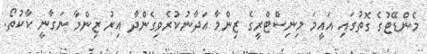
މެންޑޭޓުގެ ގޮތުގައި އައީމަ މިނިސްޓްރީގެ ޒިންމާ އަދާނުކުރެވިގެންދާ އިރު ޒިންމާ ނަގާނީ ކާކުތޯ.